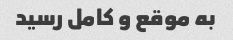
به موقع و کامل رسید